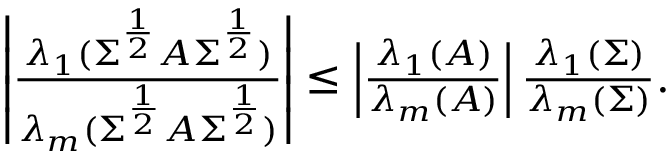
\begin{array} { r l r } & { } & { \left| \frac { \lambda _ { 1 } ( \Sigma ^ { \frac { 1 } { 2 } } A \Sigma ^ { \frac { 1 } { 2 } } ) } { \lambda _ { m } ( \Sigma ^ { \frac { 1 } { 2 } } A \Sigma ^ { \frac { 1 } { 2 } } ) } \right| \leq \left| \frac { \lambda _ { 1 } ( A ) } { \lambda _ { m } ( A ) } \right| \frac { \lambda _ { 1 } ( \Sigma ) } { \lambda _ { m } ( \Sigma ) } . } \end{array}